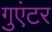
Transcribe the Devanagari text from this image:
गुएंटर